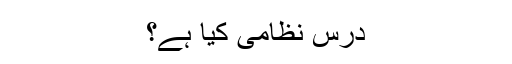
درس نظامی کیا ہے؟